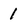
Character: 1